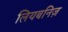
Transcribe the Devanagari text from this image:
लियबनिज़